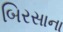
બિરસાના